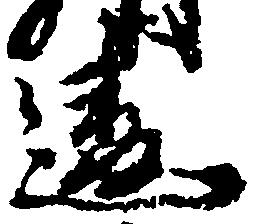
違